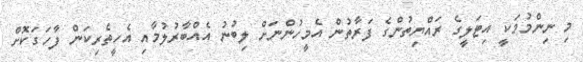
މި ނިންމުމަކީ އިޓަލީގެ ރައްޔިތުންގެ ފަރާތުން އެމީހުންނަށް ލިބުނު އެއްބާރުލުމާއި އެހީތެރިކަން ފާހަގަކޮށް